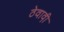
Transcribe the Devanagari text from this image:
ठेवावी़